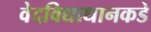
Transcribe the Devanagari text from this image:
वेदविद्याधानकडे